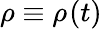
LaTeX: \rho\equiv\rho_{}(t)